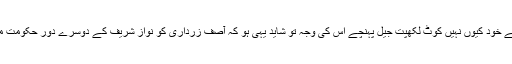
آصف زرداری، نواز شریف کی عیادت کے لیے خود کیوں نہیں کوٹ لکھپت جیل پہنچے اس کی وجہ تو شاید یہی ہو کہ آصف زرداری کو نواز شریف کے دوسرے دورِ حکومت میں کوٹ لکھپت جیل میں بھی قید رکھا گیا تھا۔